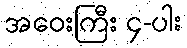
အဝေးကြီး ၄-ပါး